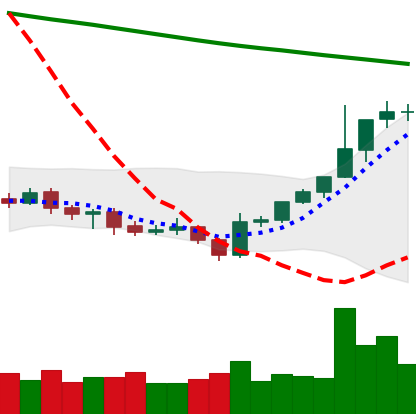
Ticker: BTC-USD
Chart end date: 2021-07-29
Forward return: -4.638%
Label: down_3_5